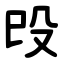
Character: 㱼